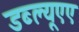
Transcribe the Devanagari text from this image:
डब्ल्यूएए